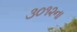
૩૦૧૨ના